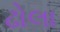
ઢોલા